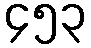
၄၅၃